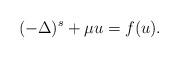
LaTeX: \begin{gather*} (-\Delta)^s+\mu u=f(u).\end{gather*}